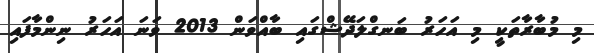
މި މުބާރާތަކީ މި އަހަރު ބަނގްލަދޭޝްގައި ބާއްވަން 2013 ވަނަ އަހަރު ނިންމާފައި